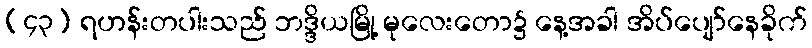
(၄၃) ရဟန်းတပါးသည် ဘဒ္ဒိယမြို့ မုလေးတော၌ နေ့အခါ အိပ်ပျော်နေခိုက်